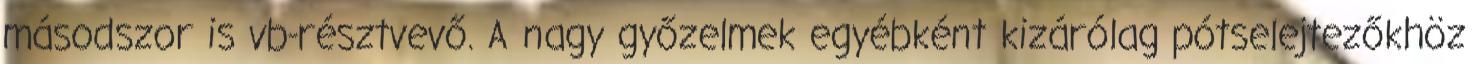
másodszor is vb-résztvevő. A nagy győzelmek egyébként kizárólag pótselejtezőkhöz